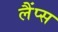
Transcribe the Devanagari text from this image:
लैंप्स